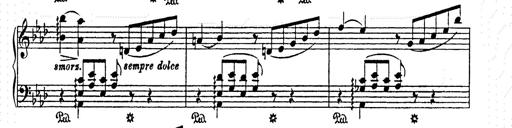
Title: AnnÃ©es de pÃ¨lerinage II
Composer: Franz Liszt